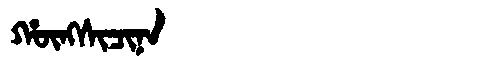
Manchu: ᡥᡡᠩᠰᡳᠴᡳᠨᠠ
Romanization: HŪNGSICINA